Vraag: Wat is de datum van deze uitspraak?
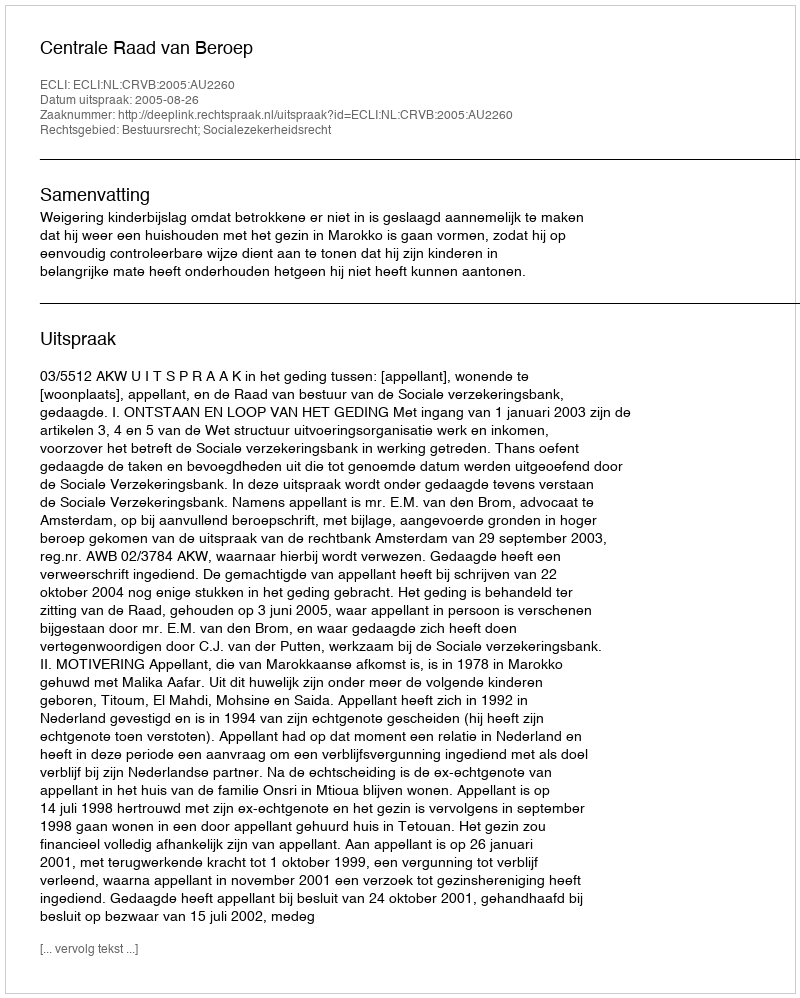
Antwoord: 2005-08-26